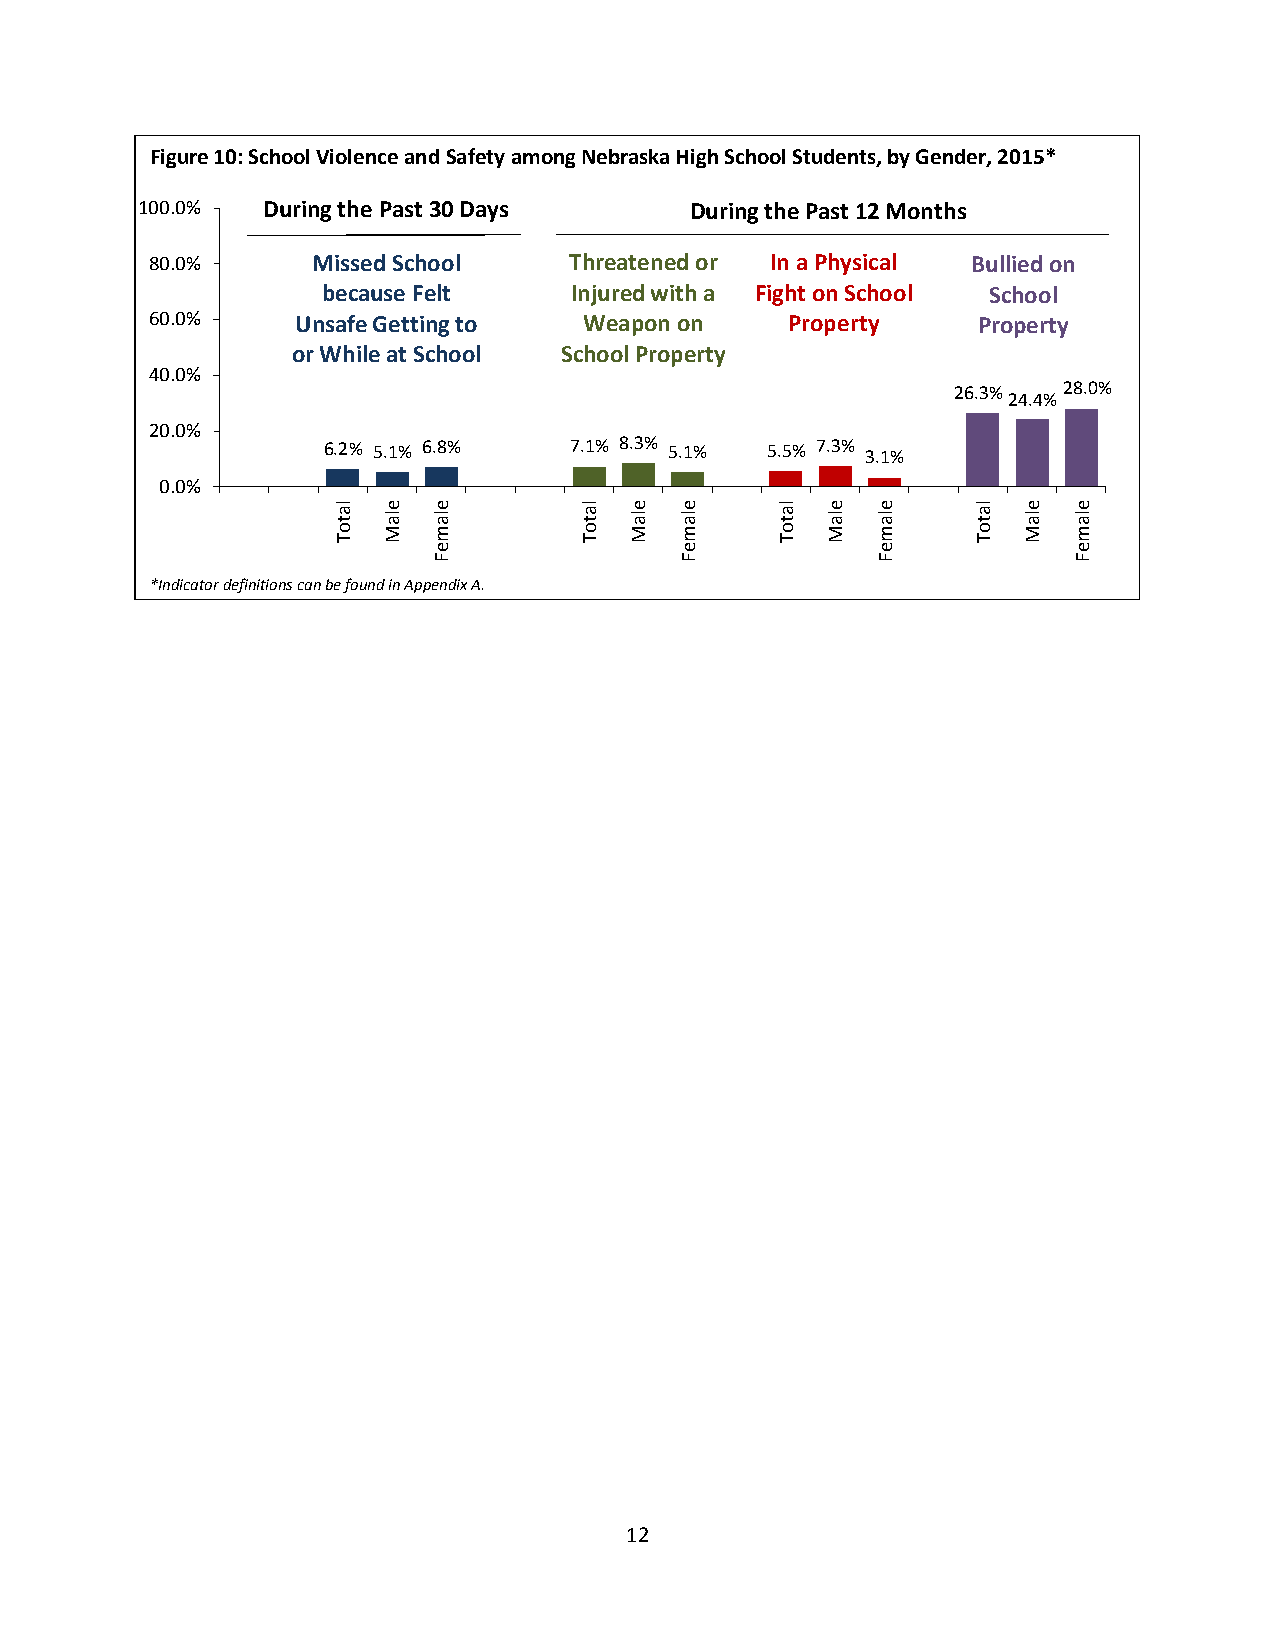
Figure 10: School Violence and Safety among Nebraska High School Students, by Gender, 2015*
 100.0%  During the Past 30 Days      During the Past 12 Months
 80.0%      Missed School    Threatened or In a Physical Bullied on
 because Felt     Injured with a Fight on School School
 60.0%     Unsafe Getting to  Weapon on    Property     Property
 or While at School School Property
 40.0%
 26.3%  28.0%
 24.4%
 20.0%
 6.2% 5.1% 6.8%   7.1% 8.3% 5.1% 5.5% 7.3% 3.1%
 0.0%
 la
 t
 e
 la
 e
 la
 la
 t
 e
 la
 e
 la
 la
 t
 e
 la
 e
 la
 la
 t
 e
 la
 e
 la
 o  M   m        o   M  m     o   M  m      o  M  m
 T               T            T             T
 e               e            e            e
 F               F            F            F
 *Indicator definitions can be found in Appendix A.
 12